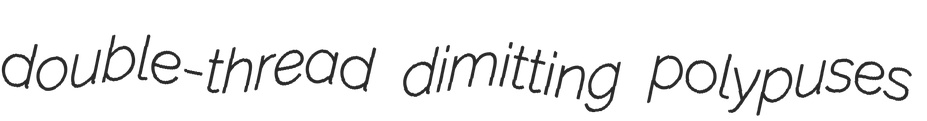
double-thread dimitting polypuses